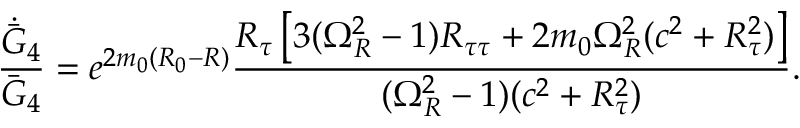
{ \frac { \dot { \bar { G } } _ { 4 } } { \bar { G } _ { 4 } } } = e ^ { 2 m _ { 0 } ( R _ { 0 } - R ) } { \frac { R _ { \tau } \left[ 3 ( \Omega _ { R } ^ { 2 } - 1 ) R _ { \tau \tau } + 2 m _ { 0 } \Omega _ { R } ^ { 2 } ( c ^ { 2 } + R _ { \tau } ^ { 2 } ) \right] } { ( \Omega _ { R } ^ { 2 } - 1 ) ( c ^ { 2 } + R _ { \tau } ^ { 2 } ) } } .